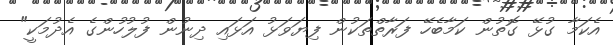
އެކަމާ ގުޅޭ ގޮތުން ކަމާބެހޭ ފަރާތްތަކުން ފިޔަވަޅު އަޅައި ދިނުން ފުލުހުންގެ އެދުމަކީ"